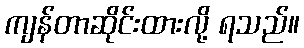
ကျန်တာဆိုင်းထားလို့ ရသည်။